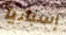
إسبانيا